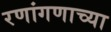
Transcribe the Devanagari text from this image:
रणांगणाच्या